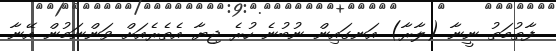
ފާތުމަތު ނީނާ (ލާރާ) އަނގައިން ނުބުނެ ހުރެ ޖިޔާ އެތެރެއަށް ވަންނަމުން އޭނާ